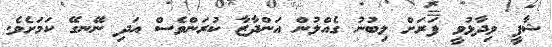
ޝާފީ ވިދާޅުވީ ފަރަށް ލިބުނު ގެއްލުން އަންދާޒާ ކުރަންވެސް އަދި ނޭނގޭ ކަމަށެވެ.